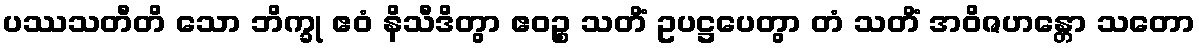
ပဿသတီတိ သော ဘိက္ခု ဧဝံ နိသီဒိတွာ ဧဝဉ္စ သတိံ ဥပဋ္ဌပေတွာ တံ သတိံ အဝိဇဟန္တော သတော